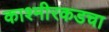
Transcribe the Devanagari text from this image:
काश्मीरकडचा